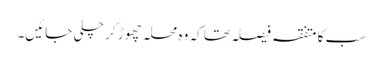
سب کا متفقہ فیصلہ تھا کہ وہ محلہ چھوڑ کر چلی جائیں۔